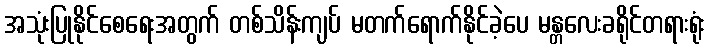
အသုံးပြုနိုင်စေရေးအတွက် တစ်သိန်းကျပ် မတက်ရောက်နိုင်ခဲ့ပေ မန္တလေးခရိုင်တရားရုံး